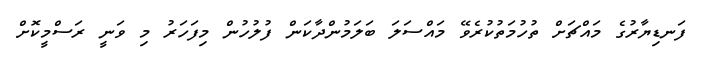
ފަނޑިޔާރުގެ މައްޗަށް ތުހުމަތުކުރެވޭ މައްސަލަ ބަލަމުންދާކަން ފުލުހުން މިފަހަރު މި ވަނީ ރަސްމީކޮށް